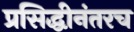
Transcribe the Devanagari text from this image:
प्रसिद्धीनंतरच